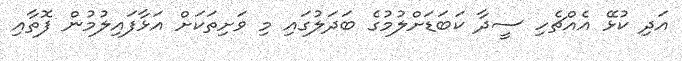
އަދި ކުޅޭ އެއްޗެހި ސީދާ ކަބަޑަށްލުމުގެ ބަދަލުގައި މި ވަށިތަކަށް އަޅާފައިލުމުން ފޮތާއި